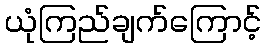
ယုံကြည်ချက်ကြောင့်